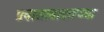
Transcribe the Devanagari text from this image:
प्रवासाबाबतच्या